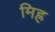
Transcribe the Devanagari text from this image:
मिह्र